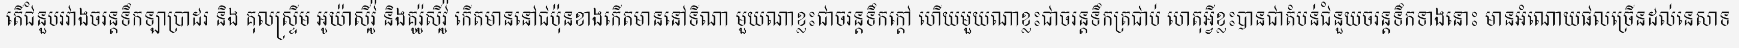
តើជំនួបរវាងចរន្តទឹកឡាប្រាដរ និង គុលស្ទ្រីម អូយ៉ាស៊ីវ៉ូ និងគូរ៉ូស៊ីវ៉ូ កើតមាននៅជប៉ុនខាងកើតមាននៅទីណា មួយណាខ្លះជាចរន្តទឹកក្តៅ ហើយមួយណាខ្លះជាចរន្តទឹកត្រជាប់ ហេតុអ្វីខ្លះបានជាតំបន់ជំនួយចរន្តទឹកទាងនោះ មានអំណោយផលច្រើនដល់នេសាទ